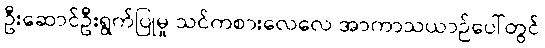
ဦးဆောင်ဦးရွက်ပြုမှု သင်ကစားလေလေ အာကာသယာဉ်ပေါ်တွင်